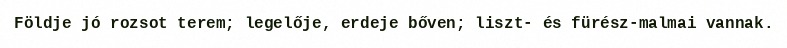
Földje jó rozsot terem; legelője, erdeje bőven; liszt- és fürész-malmai vannak.